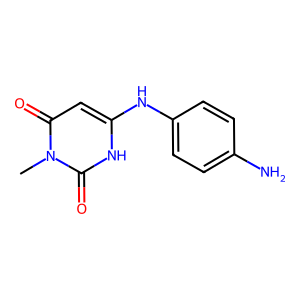
SMILES: Cn1c(=O)cc(Nc2ccc(N)cc2)[nH]c1=O
Inhibits HIV replication: No